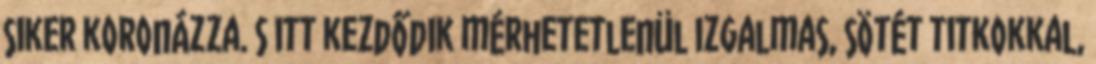
siker koronázza. S itt kezdődik mérhetetlenül izgalmas, sötét titkokkal,